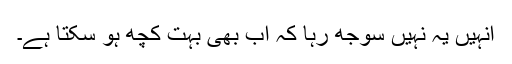
انہیں یہ نہیں سوجھ رہا کہ اب بھی بہت کچھ ہو سکتا ہے۔